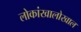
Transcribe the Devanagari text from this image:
लोकांखालोखाल